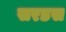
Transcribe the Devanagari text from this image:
सरडस